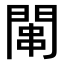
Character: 𫔢